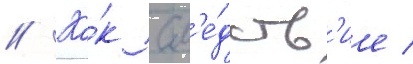
// Ка́к сл'е́дств'ие /